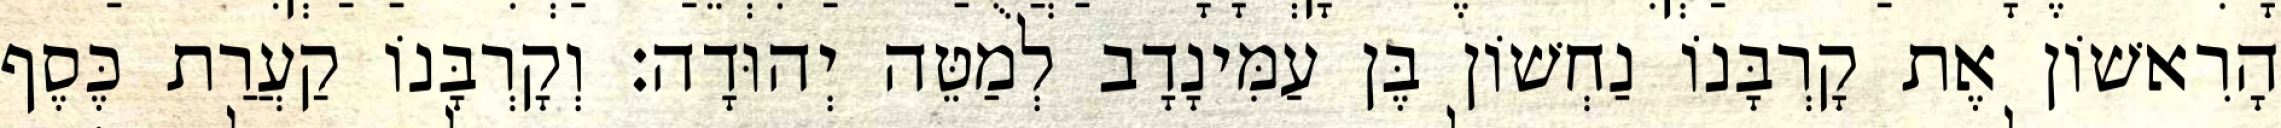
הָרִאשׁוֹן אֶת קָרְבָּנוֹ נַחְשׁוֹן בֶּן עַמִּינָדָב לְמַטֵּה יְהוּדָה׃ וְקָרְבָּנוֹ קַעֲרַת כֶּסֶף